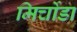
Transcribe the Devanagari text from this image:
मिर्चोडा